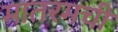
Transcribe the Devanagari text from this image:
मातरमची